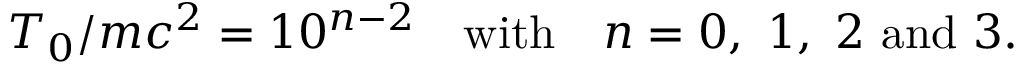
T _ { 0 } / m c ^ { 2 } = 1 0 ^ { n - 2 } \quad \mathrm { w i t h } \quad n = 0 , ~ 1 , ~ 2 \mathrm { ~ a n d ~ } 3 .